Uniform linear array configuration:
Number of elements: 24
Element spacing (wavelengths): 0.5
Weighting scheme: binomial
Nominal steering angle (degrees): -30
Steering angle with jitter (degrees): -28.565
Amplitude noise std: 0.05
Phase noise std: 0.05

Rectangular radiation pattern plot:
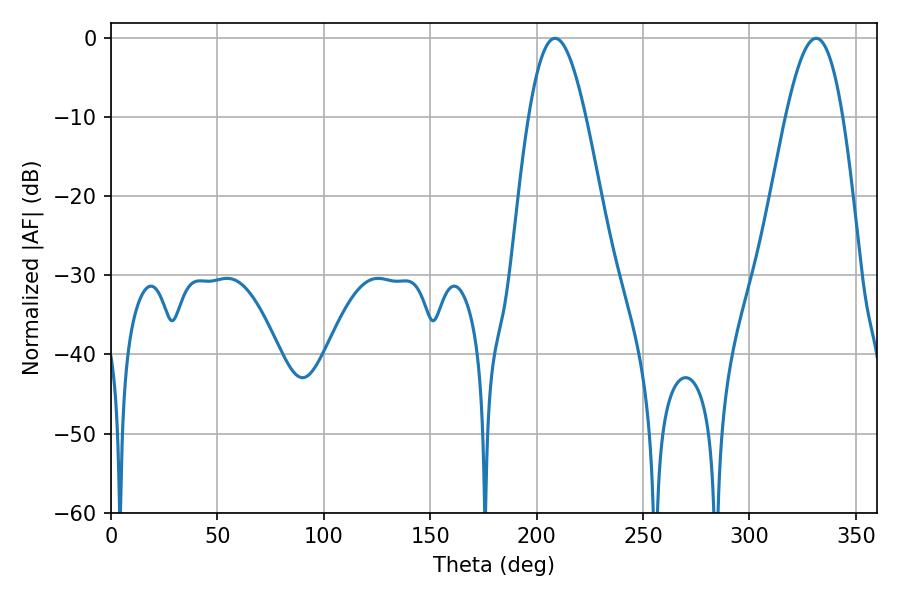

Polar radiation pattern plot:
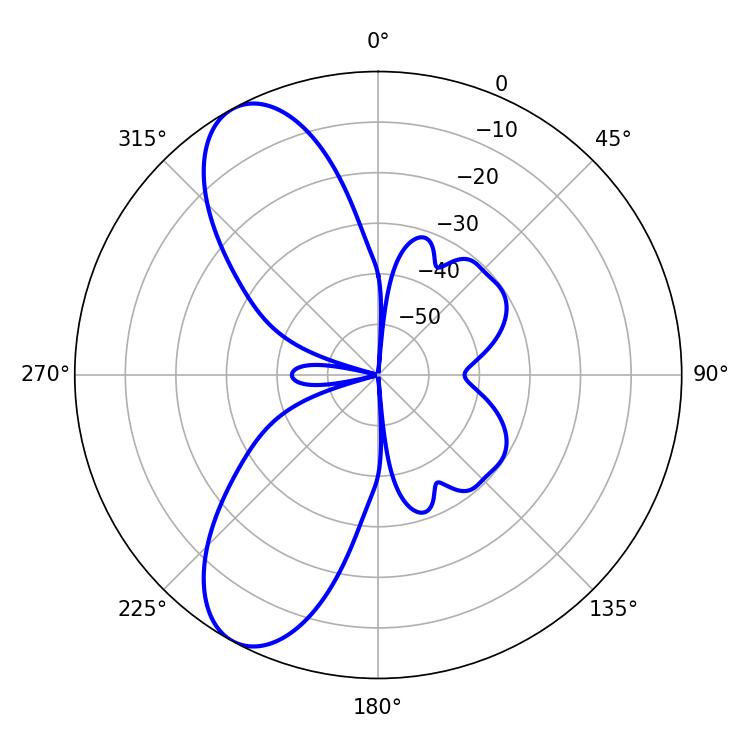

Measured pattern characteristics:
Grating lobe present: FALSE
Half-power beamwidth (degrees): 14.4
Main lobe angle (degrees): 208.62